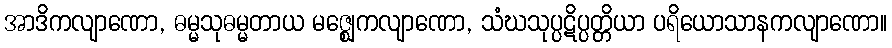
အာဒိကလျာဏော, ဓမ္မသုဓမ္မတာယ မဇ္ဈေကလျာဏော, သံဃသုပ္ပဋိပ္ပတ္တိယာ ပရိယောသာနကလျာဏော။